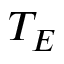
T _ { E }